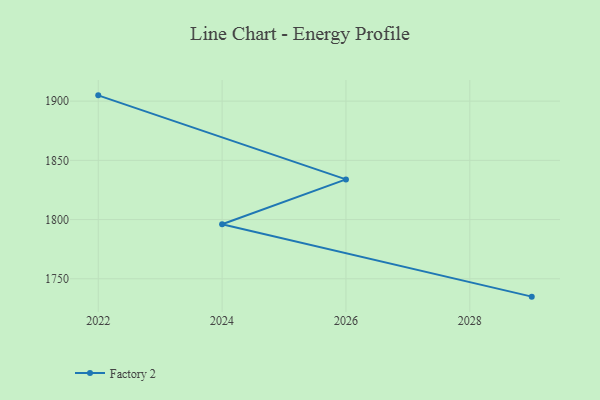
{"axis": {"x": "Year", "y": "Temperature (°C)"}, "legend": ["Factory 2"], "data": [{"x": "2022", "y": 1904.9, "type": "Factory 2"}, {"x": "2026", "y": 1833.9, "type": "Factory 2"}, {"x": "2024", "y": 1796.0, "type": "Factory 2"}, {"x": "2029", "y": 1734.9, "type": "Factory 2"}]}